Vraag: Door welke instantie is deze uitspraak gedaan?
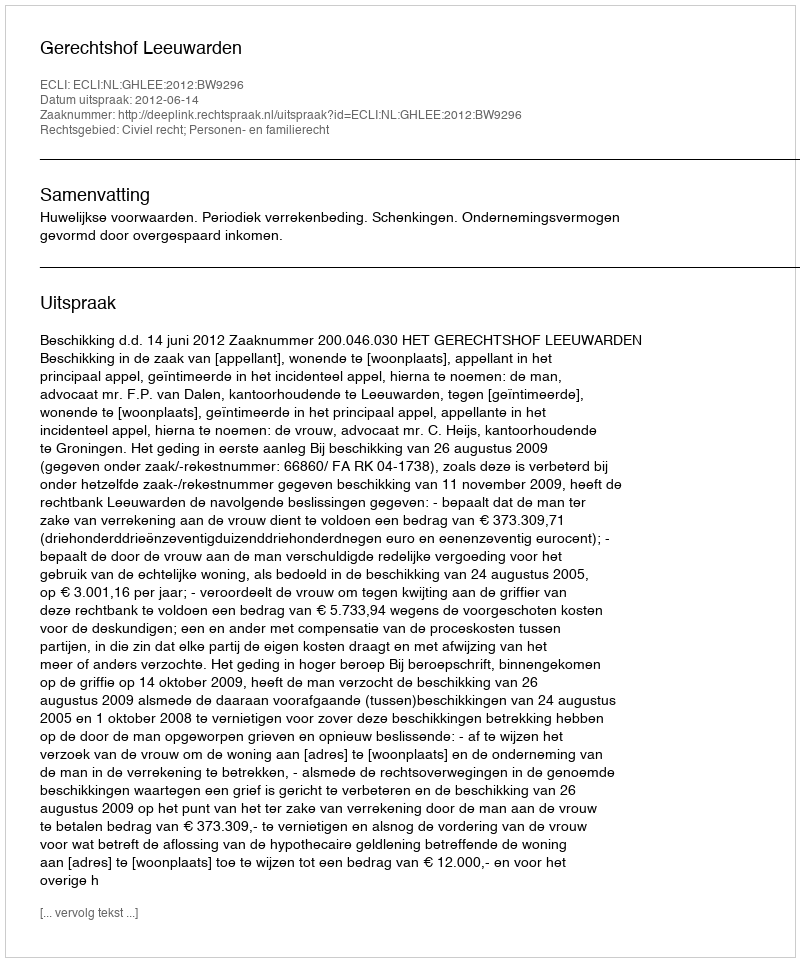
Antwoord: Gerechtshof Leeuwarden